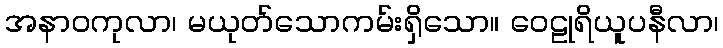
အနာဝကုလာ၊ မယုတ်သောကမ်းရှိသော။ ဝေဠုရိယူပနီလာ၊